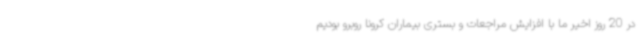
در 20 روز اخیر ما با افزایش مراجعات و بستری بیماران کرونا روبرو بودیم